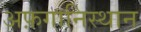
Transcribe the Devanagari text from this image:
अफ़गानिस्थान